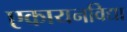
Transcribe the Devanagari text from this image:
एकायनविद्या